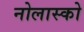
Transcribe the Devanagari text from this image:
नोलास्को